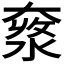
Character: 𡙥